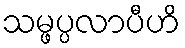
သမ္ဖပ္ပလာပီဟိ